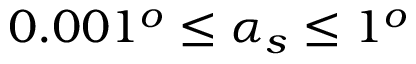
0 . 0 0 1 ^ { o } \le \alpha _ { s } \le 1 ^ { o }